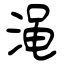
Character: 渑